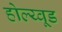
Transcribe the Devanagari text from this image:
होल्य्वूड